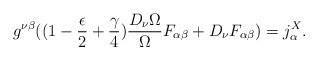
\begin{align*}g^{\nu \beta } ( (1 - \frac{\epsilon}{2} + \frac{\gamma}{4} ) \frac{D_{\nu} \Omega}{\Omega} F_{\alpha \beta} + D_{\nu} F_{\alpha \beta} )= j^{X}_{\alpha} .\end{align*}